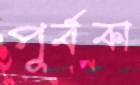
পূর্বকা